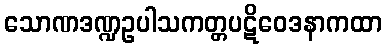
သောဏဒဏ္ဍဥပါသကတ္တပဋိဝေဒနာကထာ